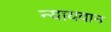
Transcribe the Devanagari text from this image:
न्यायवान